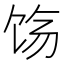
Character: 𬲰